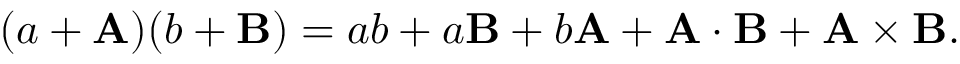
( a + \mathbf { A } ) ( b + \mathbf { B } ) = a b + a \mathbf { B } + b \mathbf { A } + \mathbf { A } \cdot \mathbf { B } + \mathbf { A } \times \mathbf { B } .